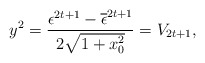
\begin{align*}y^{2} = \frac{\epsilon^{2t+1}-\overline{\epsilon}^{2t+1}} {2\sqrt{1+x_{0}^{2}}} = V_{2t+1}, \end{align*}